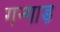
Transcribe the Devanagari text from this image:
गन्गाड़